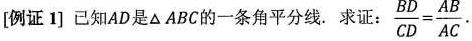
[例证1] 已知AD是\triangle ABC的一条角平分线. 求证： $$\frac{BD}{CD}= \frac{AB}{AC}$$ .